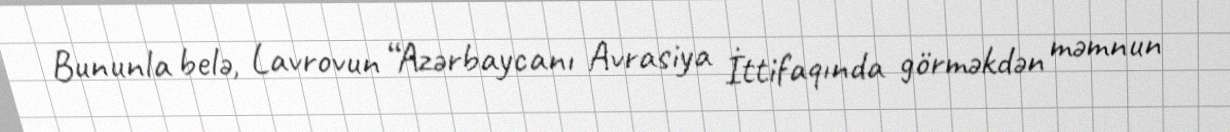
Bununla belə, Lavrovun “Azərbaycanı Avrasiya İttifaqında görməkdən məmnun